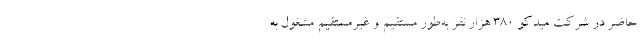
حاضر در شرکت میدکو 380 هزار نفر به‌طور مستقیم و غیرمستقیم مشغول به